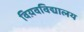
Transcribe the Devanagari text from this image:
विय़वविद्यालय